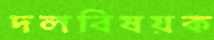
দলবিষয়ক